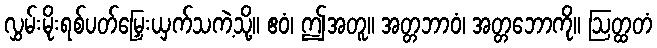
လွှမ်းမိုးရစ်ပတ်မြှေးယှက်သကဲ့သို့။ ဧဝံ၊ ဤအတူ။ အတ္တဘာဝံ၊ အတ္တဘောကို။ ဩတ္ထတံ